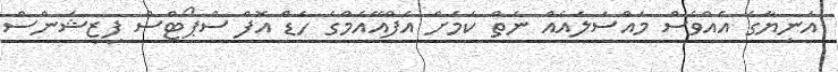
އަނިޔާގެ އެއްވެސް މައްސަލައެއް ނެތް ކަމަށް އެފްއޭއެމްގެ ހެޑް އޮފް ސްޕޯޓްސް ފިޒީޝަންސް